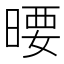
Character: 𣉋